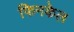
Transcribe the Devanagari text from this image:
फिनकेल